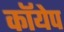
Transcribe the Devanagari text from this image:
कॉयेप